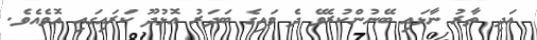
އަދި ތާރު ނާޅައި ބޭނުންކުރެވޭ ދެ ވައިގެ ބަދަރު އޮޅުދޫ ކަރައިގައި އޮވެއެވެ.